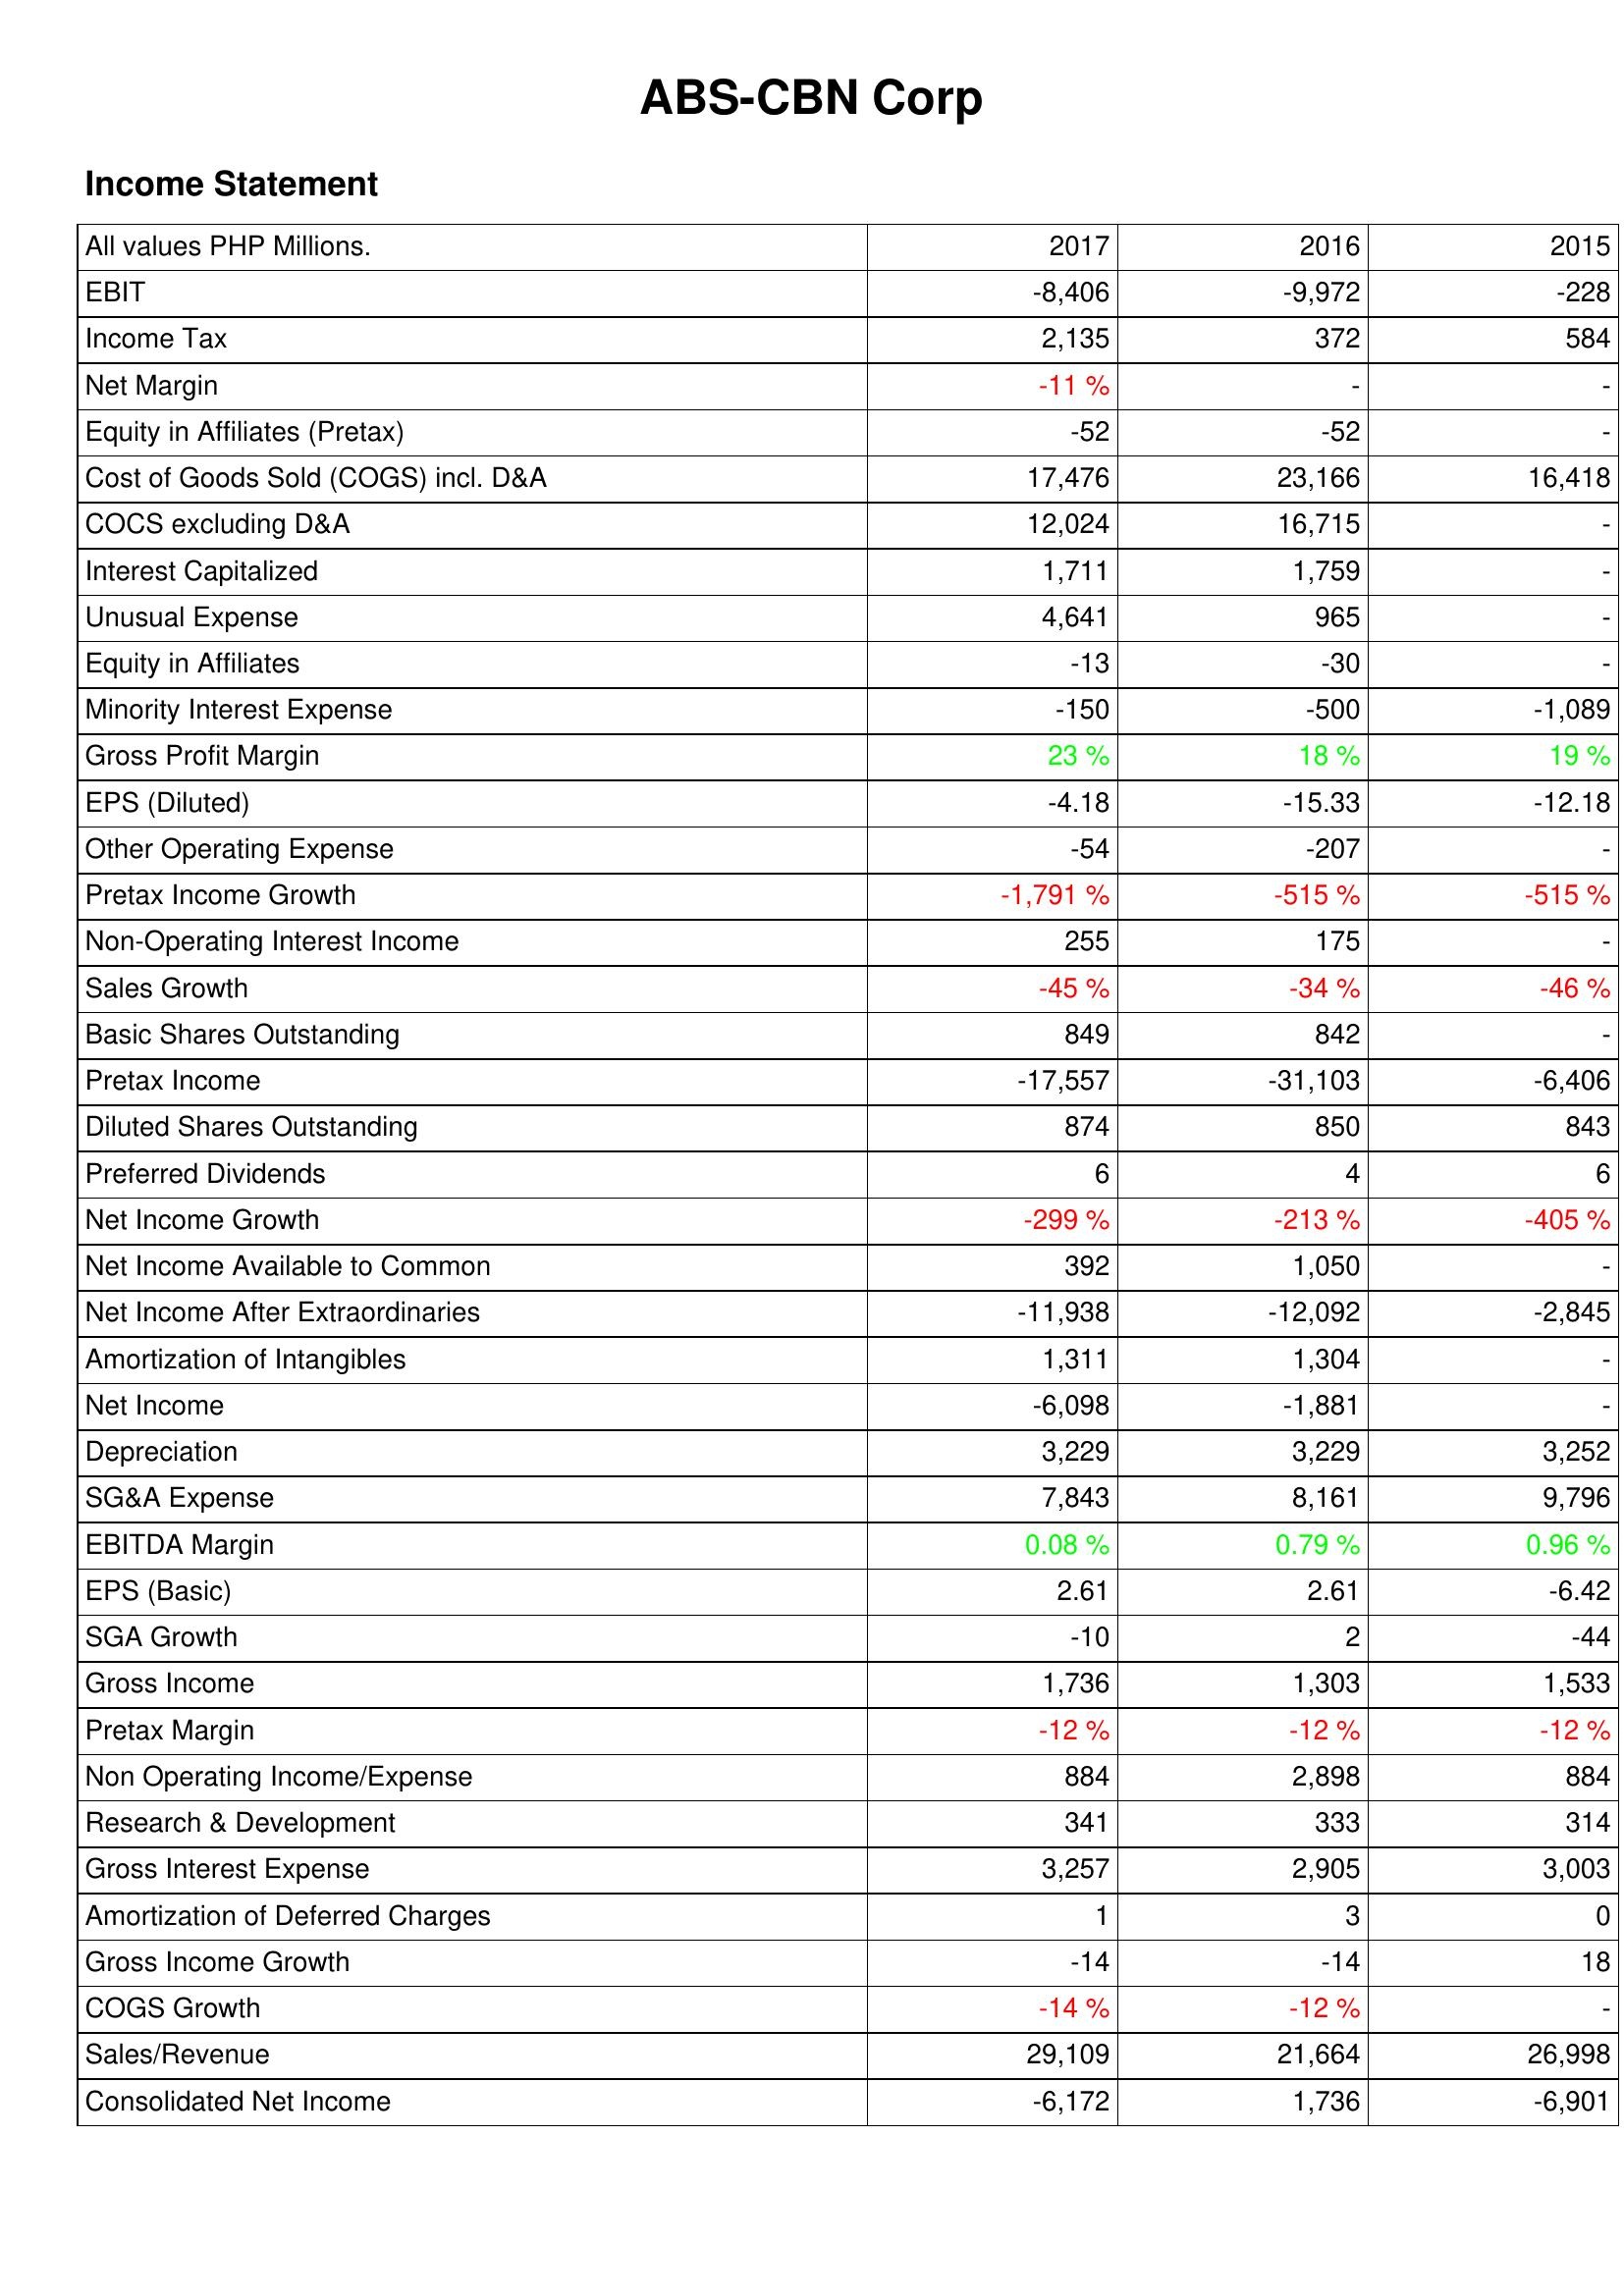
2017: Income Statement: EBIT: -8,406
Income Tax: 2,135
Net Margin: -11 %
Equity in Affiliates (Pretax): -52
Cost of Goods Sold (COGS) incl. D&A: 17,476
COCS excluding D&A: 12,024
Interest Capitalized: 1,711
Unusual Expense: 4,641
Equity in Affiliates: -13
Minority Interest Expense: -150
Gross Profit Margin: 23 %
EPS (Diluted): -4.18
Other Operating Expense: -54
Pretax Income Growth: -1,791 %
Non-Operating Interest Income: 255
Sales Growth: -45 %
Basic Shares Outstanding: 849
Pretax Income: -17,557
Diluted Shares Outstanding: 874
Preferred Dividends: 6
Net Income Growth: -299 %
Net Income Available to Common: 392
Net Income After Extraordinaries: -11,938
Amortization of Intangibles: 1,311
Net Income: -6,098
Depreciation: 3,229
SG&A Expense: 7,843
EBITDA Margin: 0.08 %
EPS (Basic): 2.61
SGA Growth: -10
Gross Income: 1,736
Pretax Margin: -12 %
Non Operating Income/Expense: 884
Research & Development: 341
Gross Interest Expense: 3,257
Amortization of Deferred Charges: 1
Gross Income Growth: -14
COGS Growth: -14 %
Sales/Revenue: 29,109
Consolidated Net Income: -6,172
2016: Income Statement: EBIT: -9,972
Income Tax: 372
Net Margin: -
Equity in Affiliates (Pretax): -52
Cost of Goods Sold (COGS) incl. D&A: 23,166
COCS excluding D&A: 16,715
Interest Capitalized: 1,759
Unusual Expense: 965
Equity in Affiliates: -30
Minority Interest Expense: -500
Gross Profit Margin: 18 %
EPS (Diluted): -15.33
Other Operating Expense: -207
Pretax Income Growth: -515 %
Non-Operating Interest Income: 175
Sales Growth: -34 %
Basic Shares Outstanding: 842
Pretax Income: -31,103
Diluted Shares Outstanding: 850
Preferred Dividends: 4
Net Income Growth: -213 %
Net Income Available to Common: 1,050
Net Income After Extraordinaries: -12,092
Amortization of Intangibles: 1,304
Net Income: -1,881
Depreciation: 3,229
SG&A Expense: 8,161
EBITDA Margin: 0.79 %
EPS (Basic): 2.61
SGA Growth: 2
Gross Income: 1,303
Pretax Margin: -12 %
Non Operating Income/Expense: 2,898
Research & Development: 333
Gross Interest Expense: 2,905
Amortization of Deferred Charges: 3
Gross Income Growth: -14
COGS Growth: -12 %
Sales/Revenue: 21,664
Consolidated Net Income: 1,736
2015: Income Statement: EBIT: -228
Income Tax: 584
Net Margin: -
Equity in Affiliates (Pretax): -
Cost of Goods Sold (COGS) incl. D&A: 16,418
COCS excluding D&A: -
Interest Capitalized: -
Unusual Expense: -
Equity in Affiliates: -
Minority Interest Expense: -1,089
Gross Profit Margin: 19 %
EPS (Diluted): -12.18
Other Operating Expense: -
Pretax Income Growth: -515 %
Non-Operating Interest Income: -
Sales Growth: -46 %
Basic Shares Outstanding: -
Pretax Income: -6,406
Diluted Shares Outstanding: 843
Preferred Dividends: 6
Net Income Growth: -405 %
Net Income Available to Common: -
Net Income After Extraordinaries: -2,845
Amortization of Intangibles: -
Net Income: -
Depreciation: 3,252
SG&A Expense: 9,796
EBITDA Margin: 0.96 %
EPS (Basic): -6.42
SGA Growth: -44
Gross Income: 1,533
Pretax Margin: -12 %
Non Operating Income/Expense: 884
Research & Development: 314
Gross Interest Expense: 3,003
Amortization of Deferred Charges: 0
Gross Income Growth: 18
COGS Growth: -
Sales/Revenue: 26,998
Consolidated Net Income: -6,901